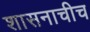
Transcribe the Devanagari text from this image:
शासनाचीच